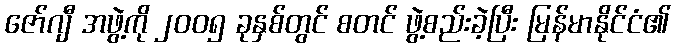
ဇော်ဂျီ အဖွဲ့ကို ၂၀၀၅ ခုနှစ်တွင် စတင် ဖွဲ့စည်းခဲ့ပြီး မြန်မာနိုင်ငံ၏